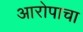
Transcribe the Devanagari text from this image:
आरोपाचा